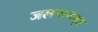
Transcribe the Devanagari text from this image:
जलपानगृह